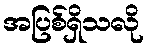
အပြစ်ရှိသလို